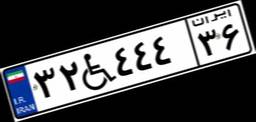
۳۸W۳۹۲۴۲